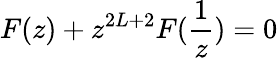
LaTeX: F(z)+z^{2L+2}F(\frac{1}{z})=0